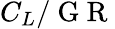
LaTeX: C_{L}/\mathrm{~G~R~}